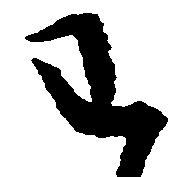
わ